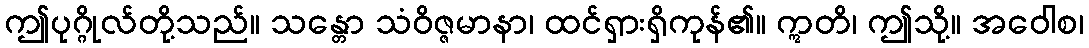
ဤပုဂ္ဂိုလ်တို့သည်။ သန္တော သံဝိဇ္ဇမာနာ၊ ထင်ရှားရှိကုန်၏။ ဣတိ၊ ဤသို့။ အဝေါစ၊